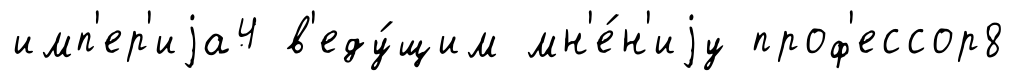
имп'ер'иjа4 в'еду́щим мн'е́н'иjу проф'ессор8